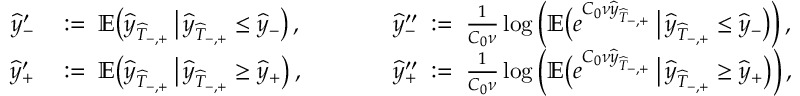
\begin{array} { r l r l } { \widehat { y } _ { - } ^ { \prime } } & { \; : = \; \mathbb { E } \big ( \widehat { y } _ { \widehat { T } _ { - , + } } \, \big | \, \widehat { y } _ { \widehat { T } _ { - , + } } \leq \widehat { y } _ { - } \big ) \, , } & { \qquad } & { \widehat { y } _ { - } ^ { \prime \prime } \; : = \; \frac { 1 } { C _ { 0 } \nu } \log \Big ( \mathbb { E } \big ( e ^ { C _ { 0 } \nu \widehat { y } _ { \widehat { T } _ { - , + } } } \, \big | \, \widehat { y } _ { \widehat { T } _ { - , + } } \leq \widehat { y } _ { - } \big ) \Big ) \, , } \\ { \widehat { y } _ { + } ^ { \prime } } & { \; : = \; \mathbb { E } \big ( \widehat { y } _ { \widehat { T } _ { - , + } } \, \big | \, \widehat { y } _ { \widehat { T } _ { - , + } } \geq \widehat { y } _ { + } \big ) \, , } & { \qquad } & { \widehat { y } _ { + } ^ { \prime \prime } \; : = \; \frac { 1 } { C _ { 0 } \nu } \log \Big ( \mathbb { E } \big ( e ^ { C _ { 0 } \nu \widehat { y } _ { \widehat { T } _ { - , + } } } \, \big | \, \widehat { y } _ { \widehat { T } _ { - , + } } \geq \widehat { y } _ { + } \big ) \Big ) \, , } \end{array}